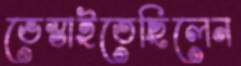
ভেস্তাইতেছিলেন